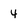
Character: 4